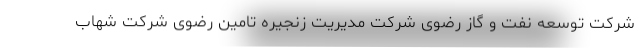
شرکت توسعه نفت و گاز رضوی شرکت مدیریت زنجیره تامین رضوی شرکت شهاب